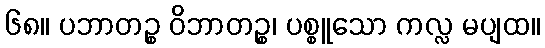
၆၈။ ပဘာတဉ္စ ဝိဘာတဉ္စ၊ ပစ္စူသော ကလ္လ မပျထ။